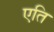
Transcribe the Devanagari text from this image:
एति